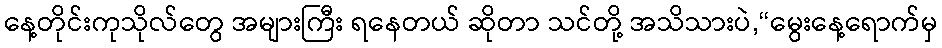
နေ့တိုင်းကုသိုလ်တွေ အများကြီး ရနေတယ် ဆိုတာ သင်တို့ အသိသားပဲ,“မွေးနေ့ရောက်မှ